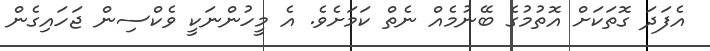
އެފަދަ ގޮތަކަށް އޮތުމުގެ ބޭނުމެއް ނެތް ކަމަށެވެ. އެ މީހުންނަކީ ވެކްސިން ޖަހައިގެން